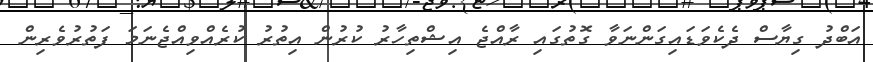
އަބްދު ގިޔާސް ދެކެވަޑައިގަންނަވާ ގޮތުގައި ރާއްޖެ އިޝްތިހާރު ކުރުން އިތުރު ކުރެއްވިއްޖެނަމަ ފަތުރުވެރިން